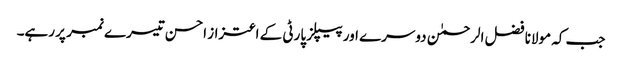
جب کہ مولانا فضل الرحمٰن دوسرے اور پیپلز پارٹی کے اعتزاز احسن تیسرے نمبر پر رہے۔